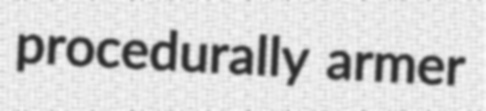
procedurally armer